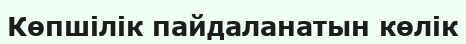
Көпшілік пайдаланатын көлік